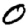
Digit: 0